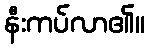
နီးကပ်လာ၏။